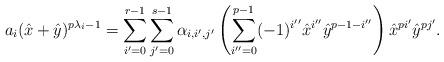
LaTeX: \begin{align*} a_i(\hat{x}+\hat{y})^{p\lambda_i-1}= \sum_{i'=0}^{r-1}\sum_{j'=0}^{s-1}\alpha_{i,i',j'}\left(\sum_{i''=0}^{p-1}(-1)^{i''}\hat{x}^{i''}\hat{y}^{p-1-i''}\right)\hat{x}^{pi'}\hat{y}^{pj'}.\end{align*}